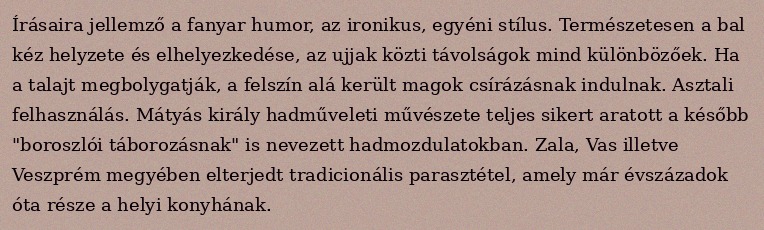
Írásaira jellemző a fanyar humor, az ironikus, egyéni stílus. Természetesen a bal kéz helyzete és elhelyezkedése, az ujjak közti távolságok mind különbözőek. Ha a talajt megbolygatják, a felszín alá került magok csírázásnak indulnak. Asztali felhasználás. Mátyás király hadműveleti művészete teljes sikert aratott a később "boroszlói táborozásnak" is nevezett hadmozdulatokban. Zala, Vas illetve Veszprém megyében elterjedt tradicionális parasztétel, amely már évszázadok óta része a helyi konyhának.